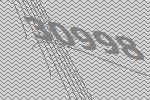
30998